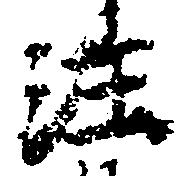
注